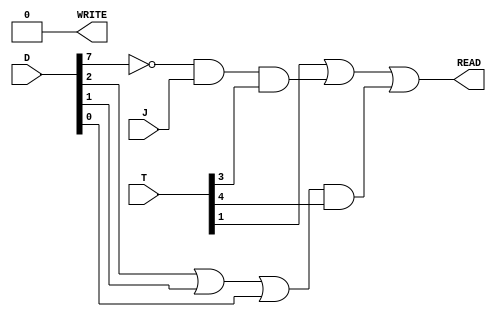
module MEMORY_DESIGN (WRITE, READ, T, D, J);

	input  J;
	input [7:0] D;
	input [5:0] T;
	output WRITE, READ;

	wire Dn7;
	wire X1, X2, X3,X4, X5;

	assign Dn7 = ~D[7];

	assign X1 =  T[1];
	assign X2 = Dn7 & J & T[3];
	assign X4= D[2] | D[1] | D[0];
	assign X5= X4& T[4];
	
	
	 
	assign READ = X1 | X2 | X5;
	assign WRITE= 0;

endmodule